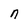
Character: n